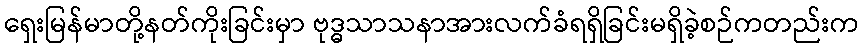
ရှေးမြန်မာတို့နတ်ကိုးခြင်းမှာ ဗုဒ္ဓသာသနာအားလက်ခံရရှိခြင်းမရှိခဲ့စဉ်ကတည်းက